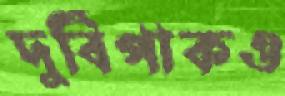
দুর্বিপাকও